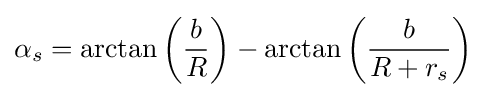
\alpha _{s}=\arctan \left({\frac {b}{R}}\right)-\arctan \left({\frac {b}{R+r_{s}}}\right)